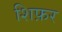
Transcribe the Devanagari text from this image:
शिफ़र